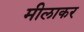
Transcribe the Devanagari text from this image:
मीलाकर